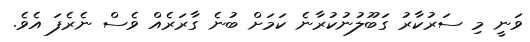
ވަނީ މި ސަރުކާރު ގަބޫލުނުކުރާނެ ކަމަށް ބުނެ ގާރަރެއް ވެސް ނެރެފަ އެވެ.